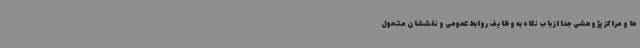
ها و مراکز پژوهشی جدا از باب نگاه به وظایف روابط عمومی و نقششان متحول